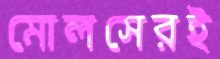
মোলসেরই